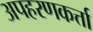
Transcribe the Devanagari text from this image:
अपहरणकर्त्ता